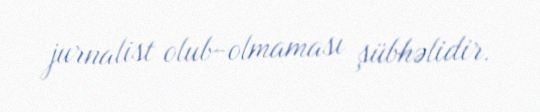
jurnalist olub-olmaması şübhəlidir.